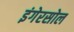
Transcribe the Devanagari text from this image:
इंगेरसोल